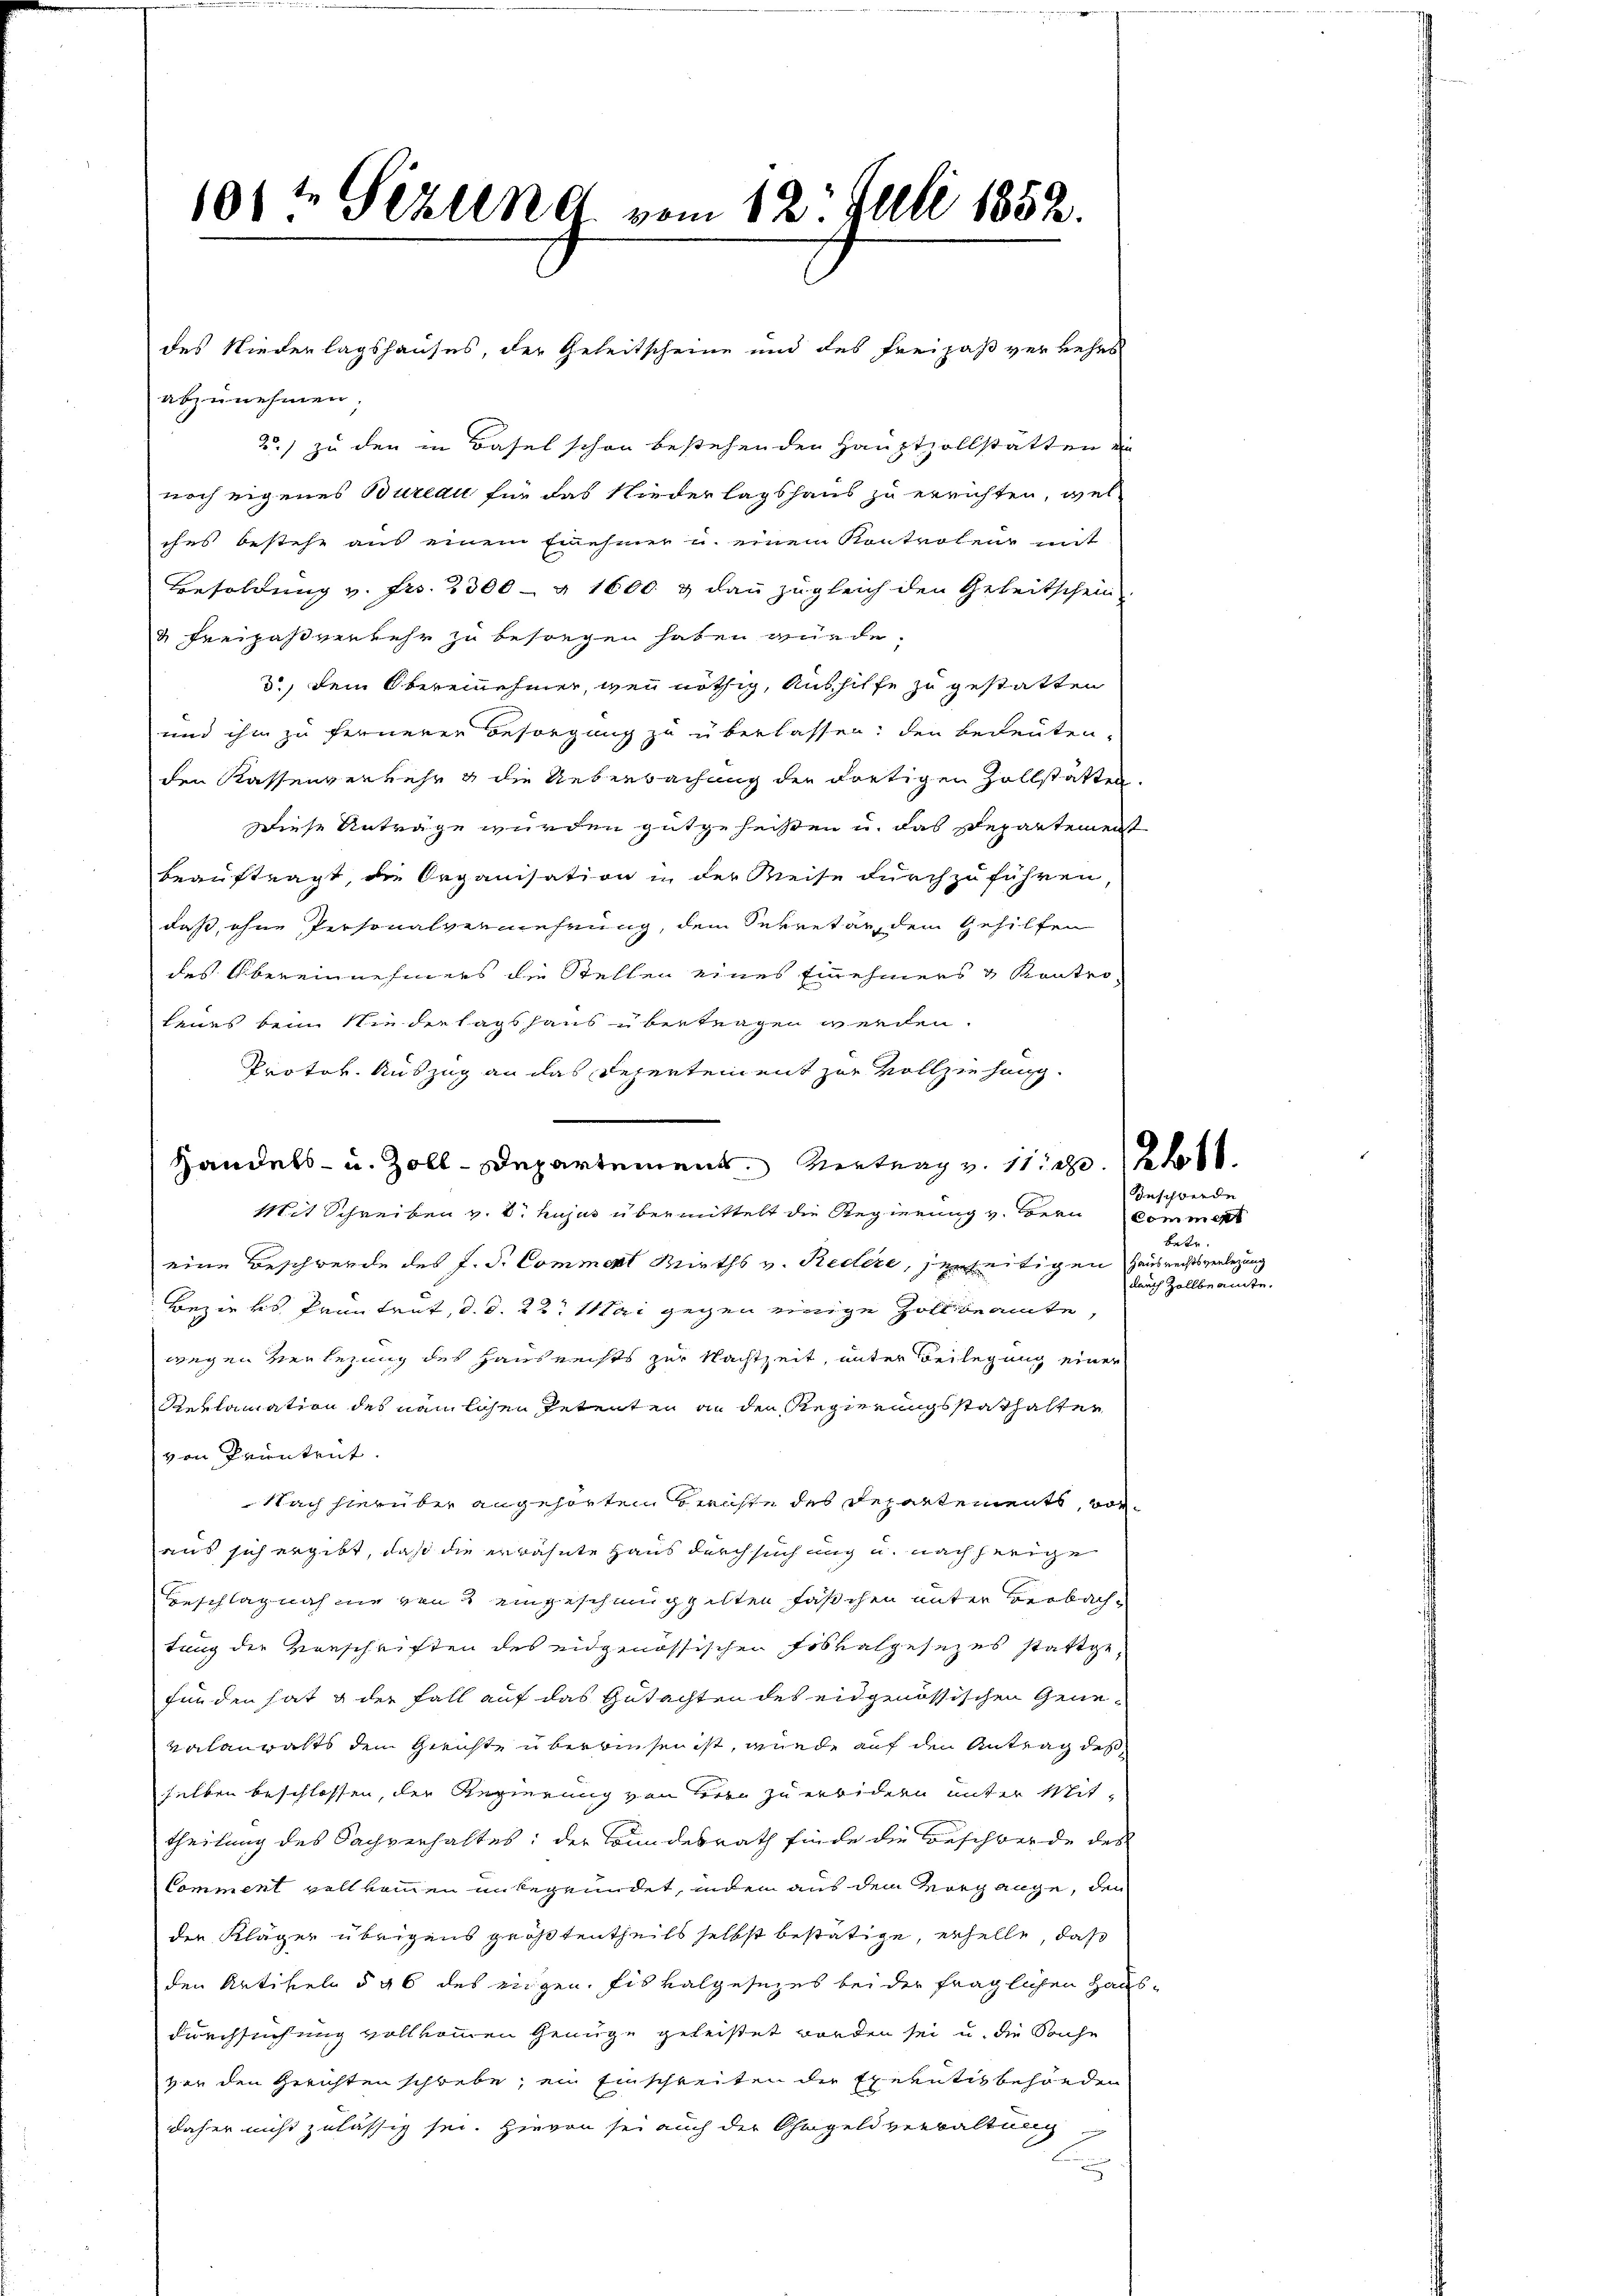
des Niederlagshauses, der Geleitscheine und des Freihaß verkehrs
abzunehmen,
2.) zu den in Basel schon bestehenden Hauptzollstätten ein
noch eigenes Bureau für das Niederlagshaus zu errichten, wel
ches bestehe aus einem Einehmer u. einem Kontrolenz mit
Besoldung v. Fr. 2300 — § 1600 & dann zugleich den Geleitschein
u Freipaßverkehr zu besorgen haben würde.
d, Dein Obereinehmer, wenn nöthig, Aushilfe zu gestatten
und ihm zu ferneren Besorgung zu überlassen; den bedeuten,
den Kassenverkehr & die Ueberbachung der dortigen Zollstätten.
Diese Anträge wurden gutgeheißen u. das Departement
beauftragt, die Organisation in der Weise durchzuführen
daß, ohne Personalvermehrung, dem Sekretär, dem Gehilfen
des Obereinnehmers die Stellen eines Einehmers & Kontro-
leues beim Niederlagshaus übertragen werden.
Protok. Auszug an das Depertement zur Vollziehung.
Handels- u. Zoll-Departement Vertrag v. 112.
Mit Schreiben v. 6. hujus übermittelt die Regierung v. Bern
eine Beschwerde des J. S. Comment Wirths v. Redere, derseitigen Hausrechtsverlegung
Bezirks Pruntrut, d. d. 22. Mai gegen einige Zollbeamte,
wegen verlegung des Hausrechts zur Nachtzeit, unter Beilegung einer
Reklamation des nämlichen Petenten an den Regierungsstathalter
von Pruntrut.
Nach hierüber angehörten Berichte des Departements, voraus sich ergibt, daß die erwähnte Haus durchsuch auch u. nach herige
Beschlagnahme von 2 eingeschmuggelten Fäschen unter Verbachtung der Vorschriften des eidgenössischen Frsvalgesezes stattgefunden hat der Fall auf das Gutachten des eidgenössischen Gene¬
Valanratts dem Gerichte überwiesen ist, wurde auf den Antrag des
selben beschlossen, der Regierung von Herrn zu erwidern unter Mit-
theilung des Sachverhaltes: der Bundesrath finde die Beschwerde des
Comment vollkommen unbegründet, indem aus dem Vorgange, den
der Kläger übrigens größtentheils selbst bestätige, erhelle, daß
den Artikeln § 96 des eingen. Fiskalgesezes bei der fraglichen Haus-
durchsuchung vollkommen Genüge geleistet worden sei u. die Sache
vor den Gerichten schrebe, ein Einschreiten die Exekutivbehörden
daher nicht zulässig sei. Hievon sei auch der Ohmgeld verwaltung

101te Seelen vom 12t Juli 1852.

Beschwerde
kommert
bate.
dauch Zollbeamte.